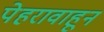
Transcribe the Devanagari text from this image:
पेहरावाहून